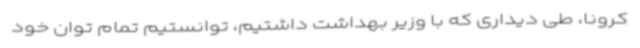
کرونا، طی دیداری که با وزیر بهداشت داشتیم، توانستیم تمام توان خود